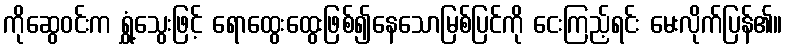
ကိုဆွေဝင်းက ရွှံ့သွေးဖြင့် ရောထွေးထွေးဖြစ်၍နေသောမြစ်ပြင်ကို ငေးကြည့်ရင်း မေးလိုက်ပြန်၏။